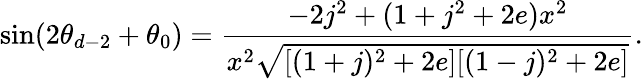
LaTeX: \sin(2\theta_{d-2}+\theta_{0})=\frac{-2j^{2}+(1+j^{2}+2e)x^{2}}{x^{2}\sqrt{[(1+j)^{2}+2e][(1-j)^{2}+2e]}}.